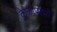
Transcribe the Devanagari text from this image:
केळापोणो